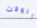
الوقت